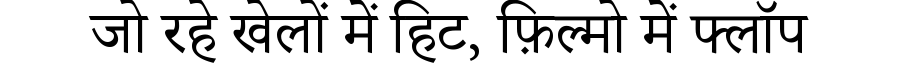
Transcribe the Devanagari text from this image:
जो रहे खेलों में हिट, फ़िल्मो में फ्लॉप